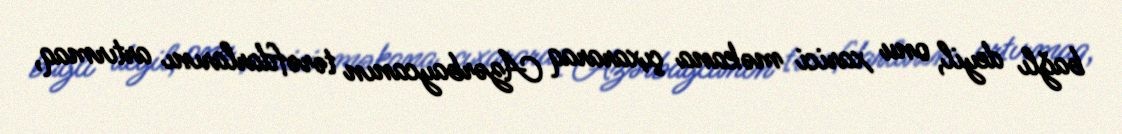
bağlı deyil, onu xarici məkana çıxararaq Azərbaycanın tərəfdarlarını artırmaq,